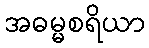
အဓမ္မစရိယာ